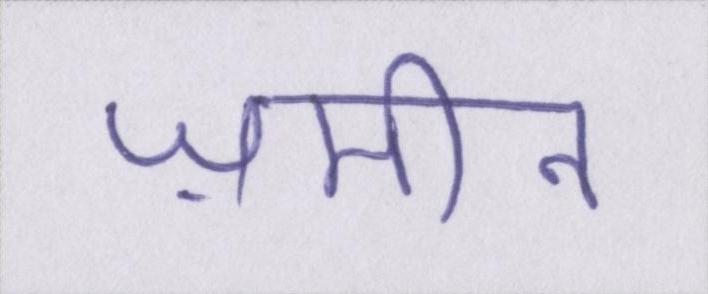
ज़मीन